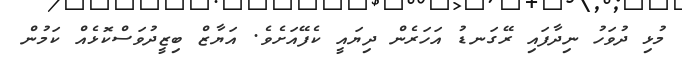
މުޅި ދުވަހު ނިދާފައި ރޭގަނޑު އަހަރެން ދިޔައީ ކެފޭއަށެވެ. އަޔާޒް ބިޒީދުވަސްކޮޅެއް ކަމުން